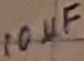
Text: 10µF